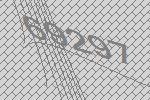
69297